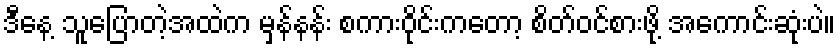
ဒီနေ့ သူပြောတဲ့အထဲက မှန်နန်း စကားဝိုင်းကတော့ စိတ်ဝင်စားဖို့ အကောင်းဆုံးပဲ။